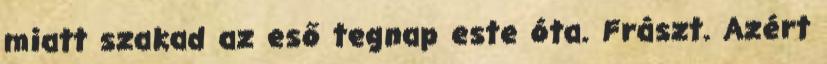
miatt szakad az eső tegnap este óta. Frászt. Azért